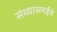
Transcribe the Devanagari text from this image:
संध्यासमईचे